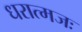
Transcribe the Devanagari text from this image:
धरात्मजः